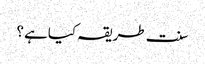
سنت طریقہ کیاہے ؟